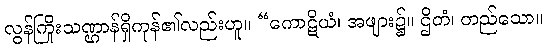
လွန်ကြိုးသဏ္ဌာန်ရှိကုန်၏လည်းဟူ။ “ကောဋိယံ၊ အဖျား၌။ ဌိတံ၊ တည်သော။